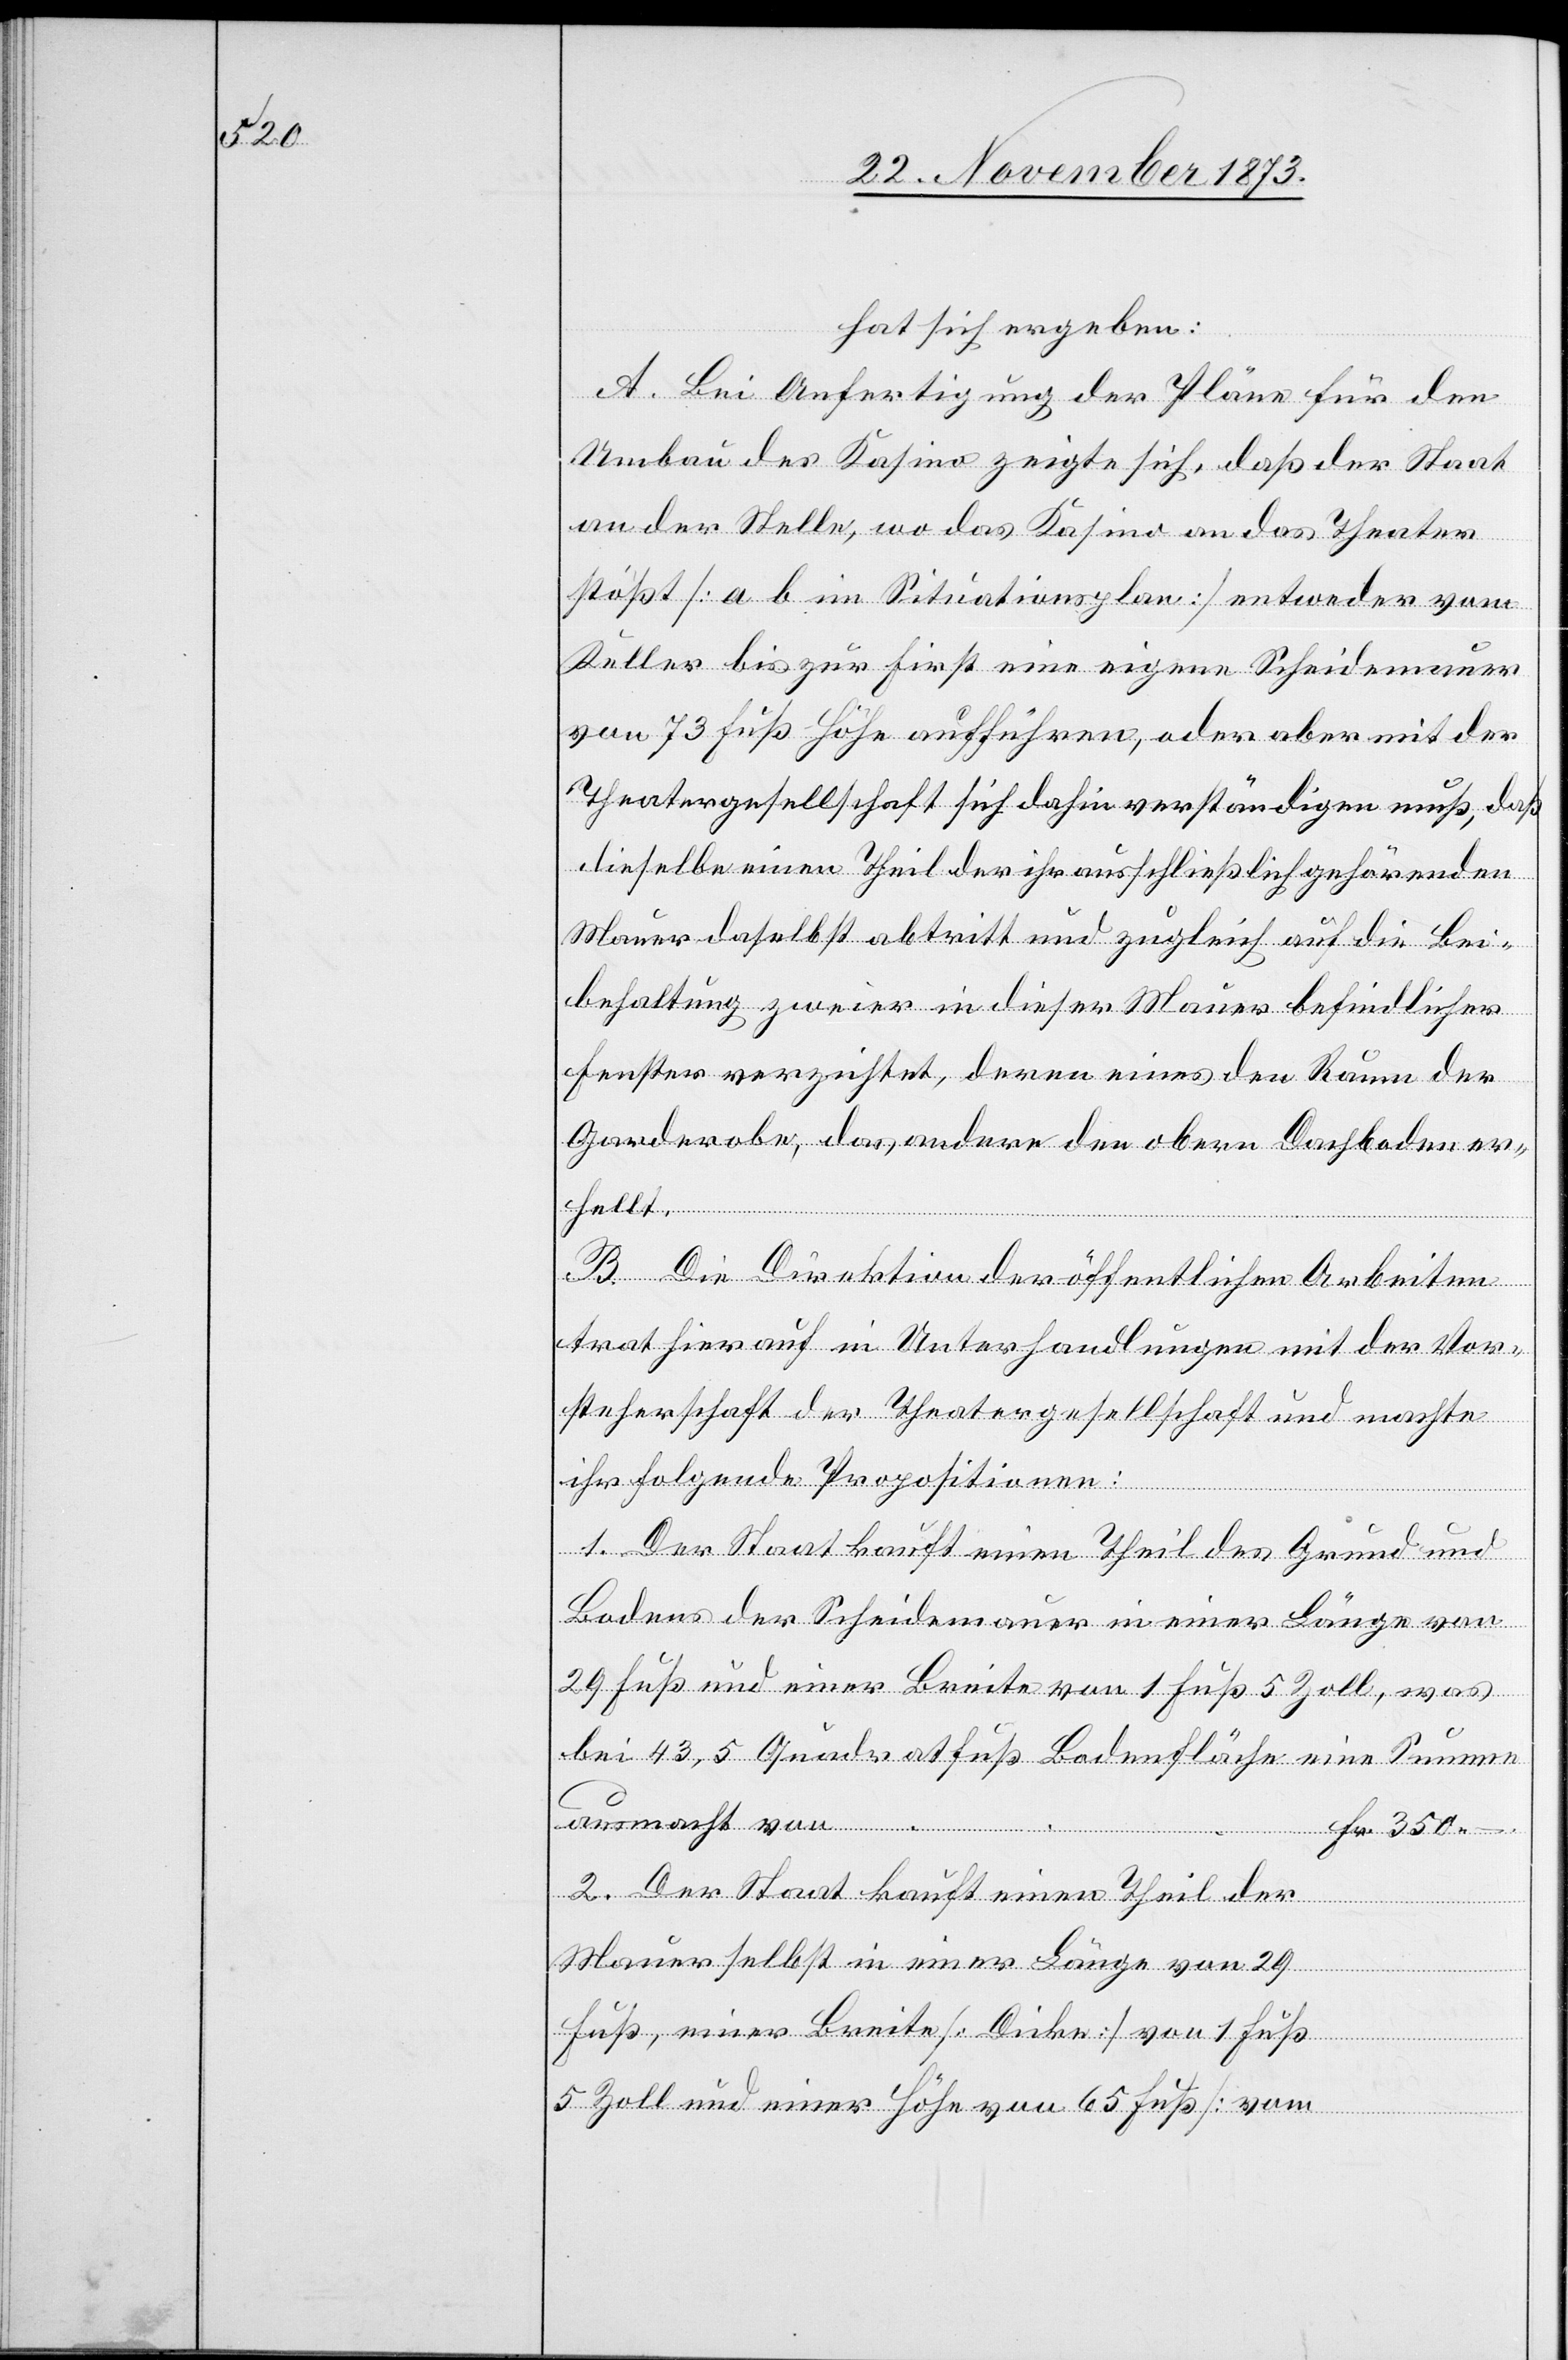
hat sich ergeben:
A. Bei Anfertigung der Pläne für den
Umbau des Kasino zeigte sich, daß der Staat
an der Stelle, wo das Kasino an das Theater
stößt [a b im Situationsplan] entweder vom
Keller bis zur First eine eigene Scheidemauer
von 73 Fuß Höhe aufführen, oder aber mit der
Theatergesellschaft sich dahin verständigen muß, daß
dieselbe einen Theil der ihr ausschließlich gehörenden
Mauer daselbst abtritt und zugleich auf die Bei¬
behaltung zweier in dieser Mauer befindlicher
Fenster verzichtet, deren eines den Raum der
Garderobe, das andere den obern Dachboden er¬
hellt.
B. Die Direktion der öffentlichen Arbeiten
trat hierauf in Unterhandlungen mit der Vor¬
steherschaft der Theatergesellschaft und machte
ihr folgende Propositionen:
1. Der Staat kauft einen Theil des Grund und
Bodens der Scheidemauer in einer Länge von
29 Fuß und einer Breite von 1 Fuß 5 Zoll, was
bei 43,5 Quadratfuß Bodenfläche eine
ausmacht von
2. Der Staat kauft einen Theil der
Mauer selbst in einer Länge von 29
Fuß, einer Breite [Dicke] von 1 Fuß
Fr.
5 Zoll und einer Höhe von 65 Fuß [vom